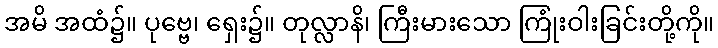
အမိ အထံ၌။ ပုဗ္ဗေ၊ ရှေး၌။ တုလ္လာနိ၊ ကြီးမားသော ကြုံးဝါးခြင်းတို့ကို။